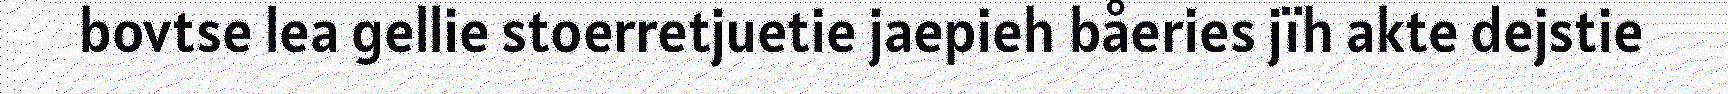
bovtse lea gellie stoerretjuetie jaepieh båeries jïh akte dejstie